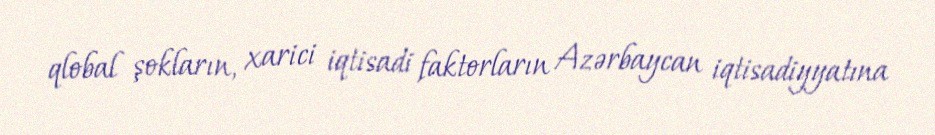
qlobal şokların, xarici iqtisadi faktorların Azərbaycan iqtisadiyyatına